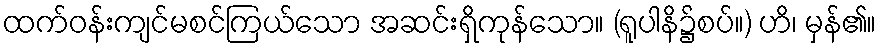
ထက်ဝန်းကျင်မစင်ကြယ်သော အဆင်းရှိကုန်သော။ (ရူပါနိ၌စပ်။) ဟိ၊ မှန်၏။